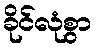
ခိုင်လုံစွာ